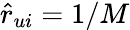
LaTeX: \hat{r}_{ui}=1/M